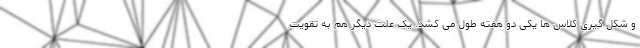
و شکل گیری کلاس ها یکی دو هفته طول می کشد. یک علت دیگر هم به تقویت